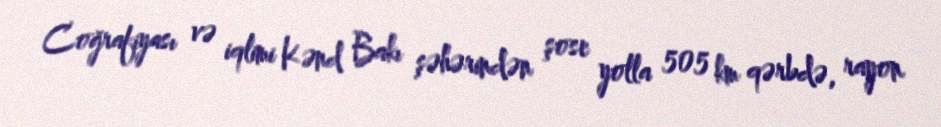
Coğrafiyası və iqlimi Kənd Bakı şəhərindən şose yolla 505 km qərbdə, rayon